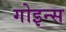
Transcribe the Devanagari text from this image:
गोइन्स